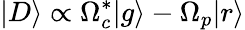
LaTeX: |D\rangle\propto\Omega_{c}^{*}|g\rangle-\Omega_{p}|r\rangle